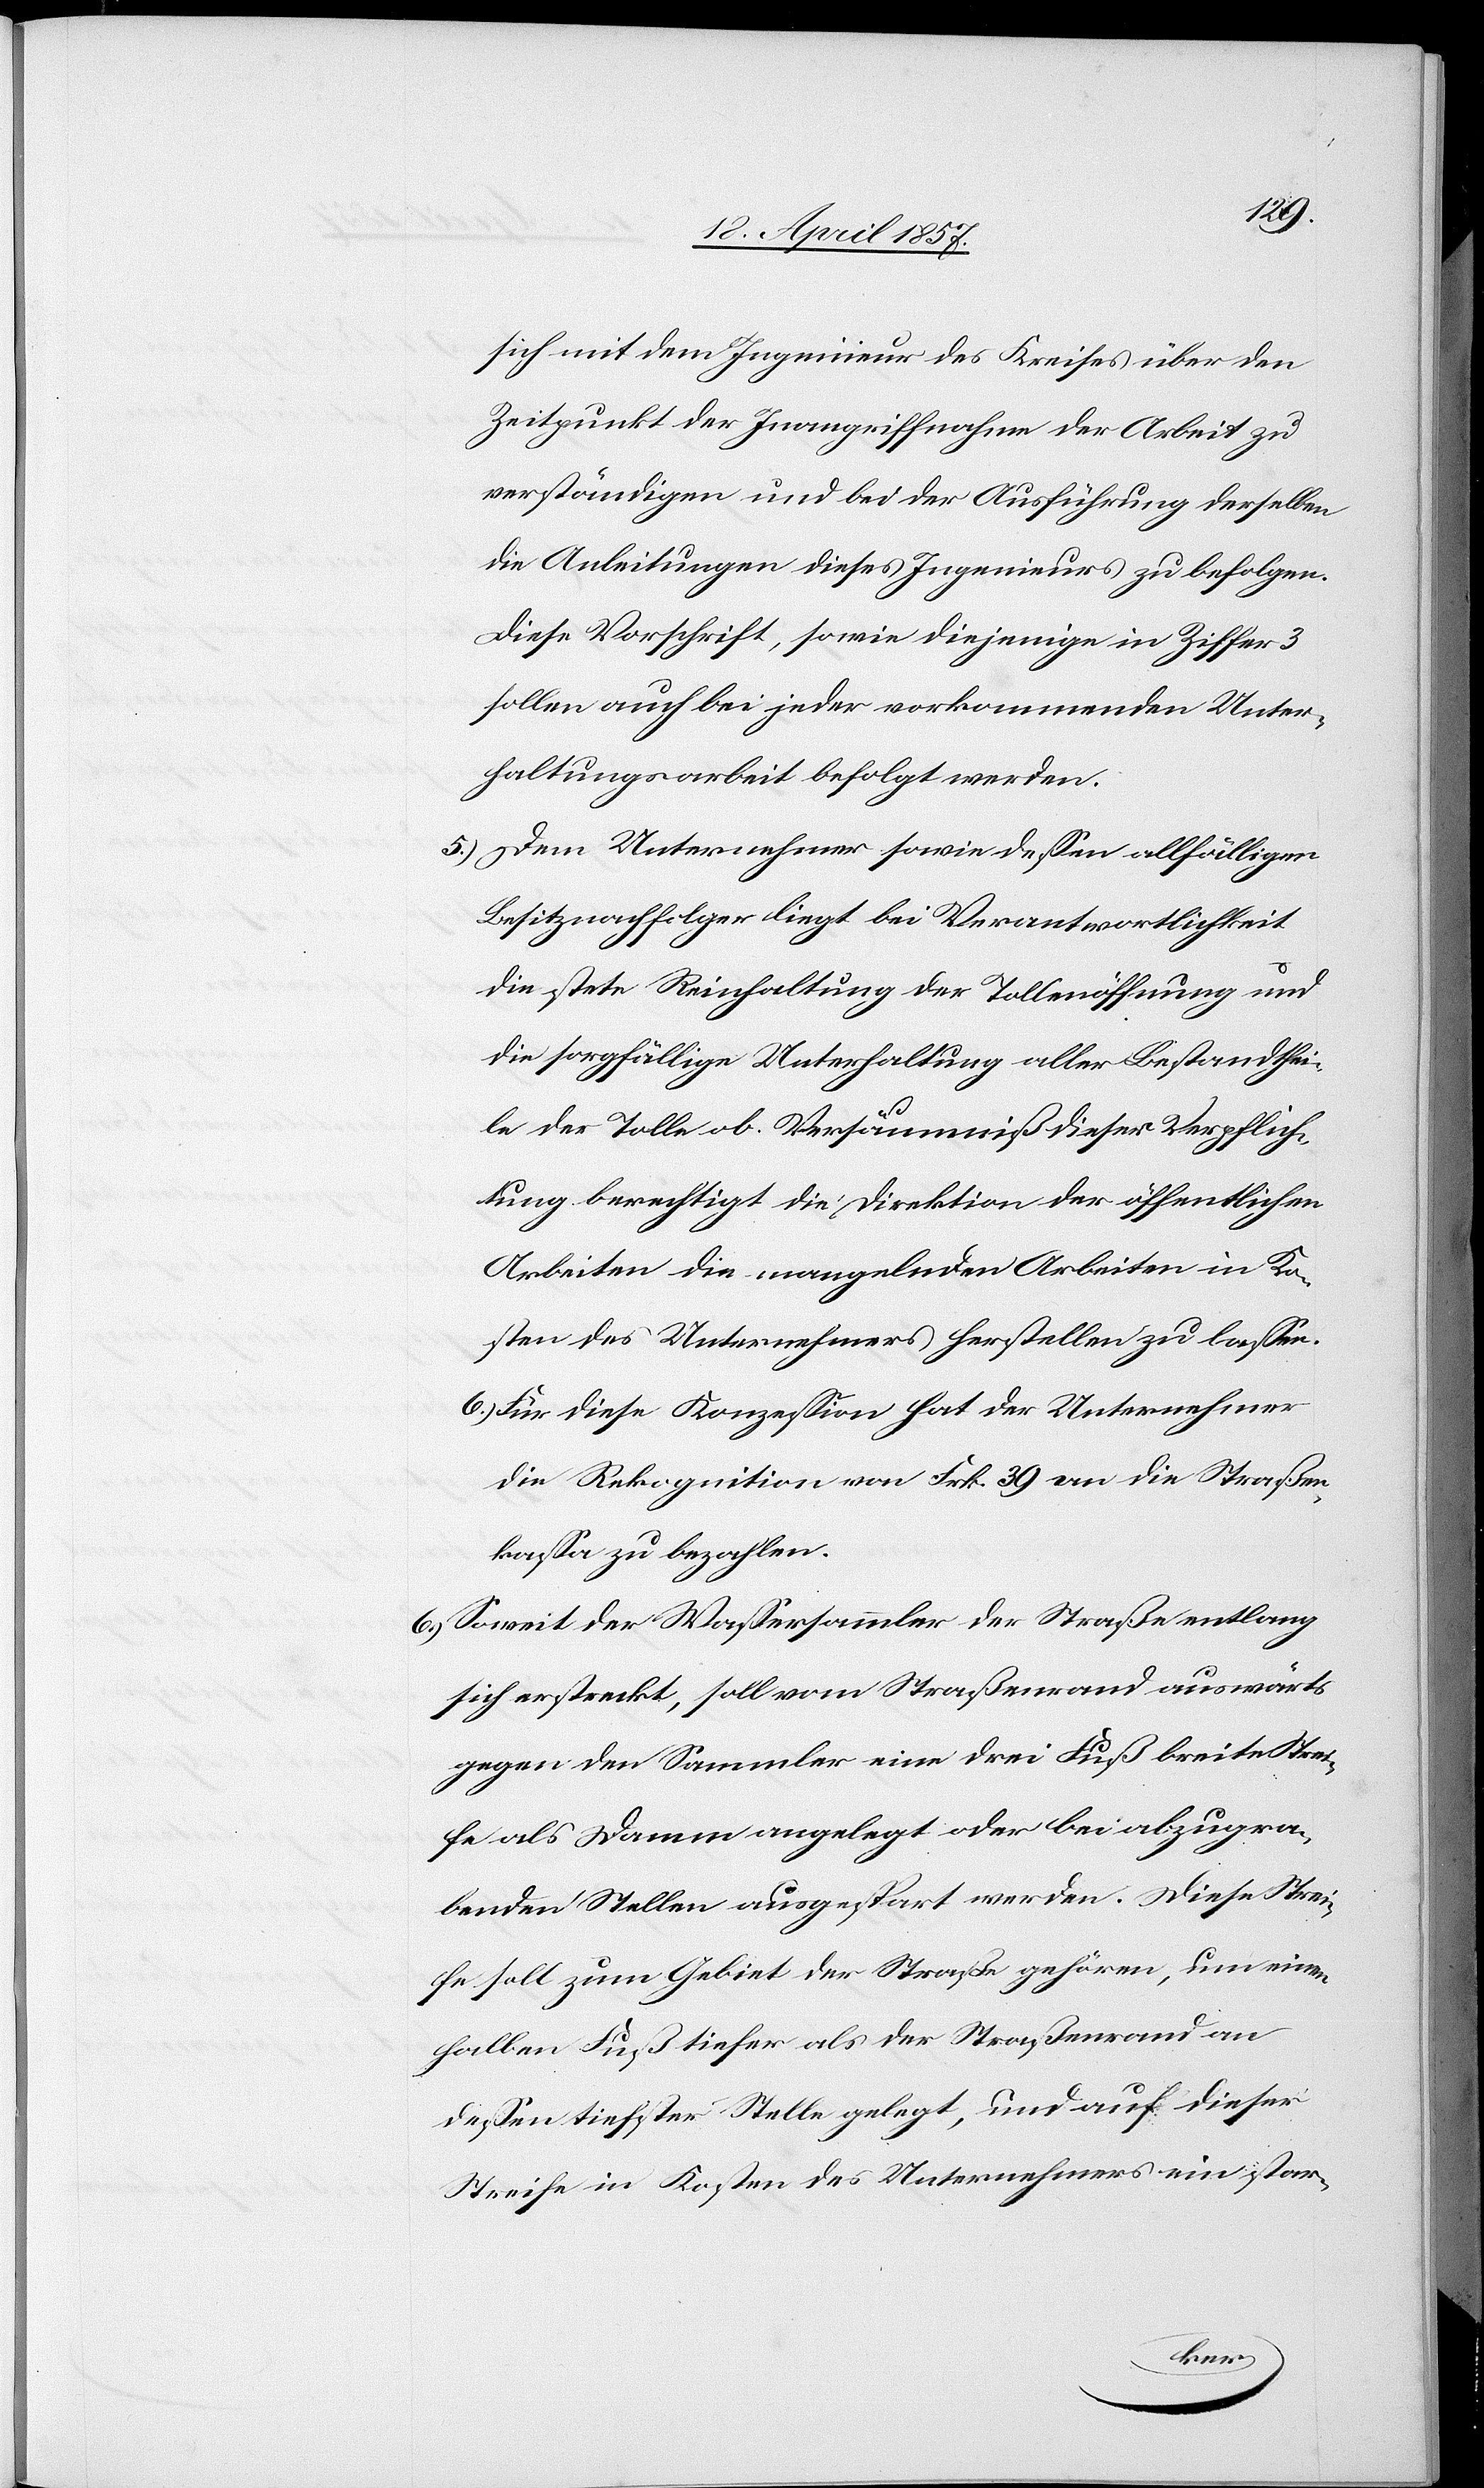
sich mit dem Ingenieur des Kreises über den
Zeitpunkt der Inangriffnahme der Arbeit zu
verständigen und bei der Ausführung derselben
die Anleitungen dieses Ingenieurs zu befolgen.
Diese Vorschrift, sowie diejenige in Ziffer 3
sollen auch bei jeder vorkommenden Unter¬
haltungsarbeit befolgt werden.
5.) Dem Unternehmer sowie dessen allfälligen
Besitznachfolger liegt bei Verantwortlichkeit
die stete Reinhaltung der Tollenöffnung und
die sorgfällige [sic!] Unterhaltung aller Bestandthei¬
le der Tolle ob. Versäumniß dieser Verpflich¬
tung berechtigt die Direktion der öffentlichen
Arbeiten die mangelnden Arbeiten in Ko¬
sten des Unternehmers herstellen zu lassen.
6.) Für diese Konzession hat der Unternehmer
die Rekognition von Frk. 39 an die Straßen¬
kassa zu bezahlen.
6.) Soweit der Wassersammler der Straße entlang
sich erstreckt, soll vom Straßenrand auswärts
gegen den Sammler eine drei Fuß breite Strei¬
fe als Damm angelegt oder bei abzugra¬
benden Stellen ausgespart werden. Diese Strei¬
fe soll zum Gebiet der Straße gehören, um einen
halben Fuß tiefer als der Straßenrand an
dessen tiefster Stelle gelegt, und auf dieser
Streife in Kosten des Unternehmers ein star-